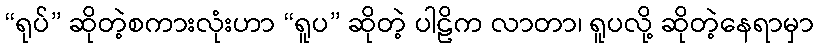
“ရုပ်” ဆိုတဲ့စကားလုံးဟာ “ရူပ” ဆိုတဲ့ ပါဠိက လာတာ၊ ရူပလို့ ဆိုတဲ့နေရာမှာ